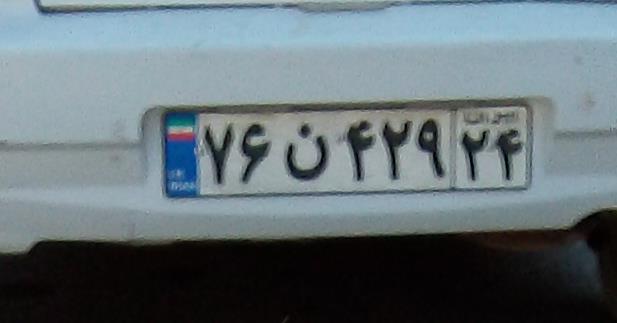
۷۶ن۴۲۹۲۴